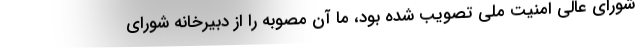
شورای عالی امنیت ملی تصویب شده بود، ما آن مصوبه را از دبیرخانه شورای